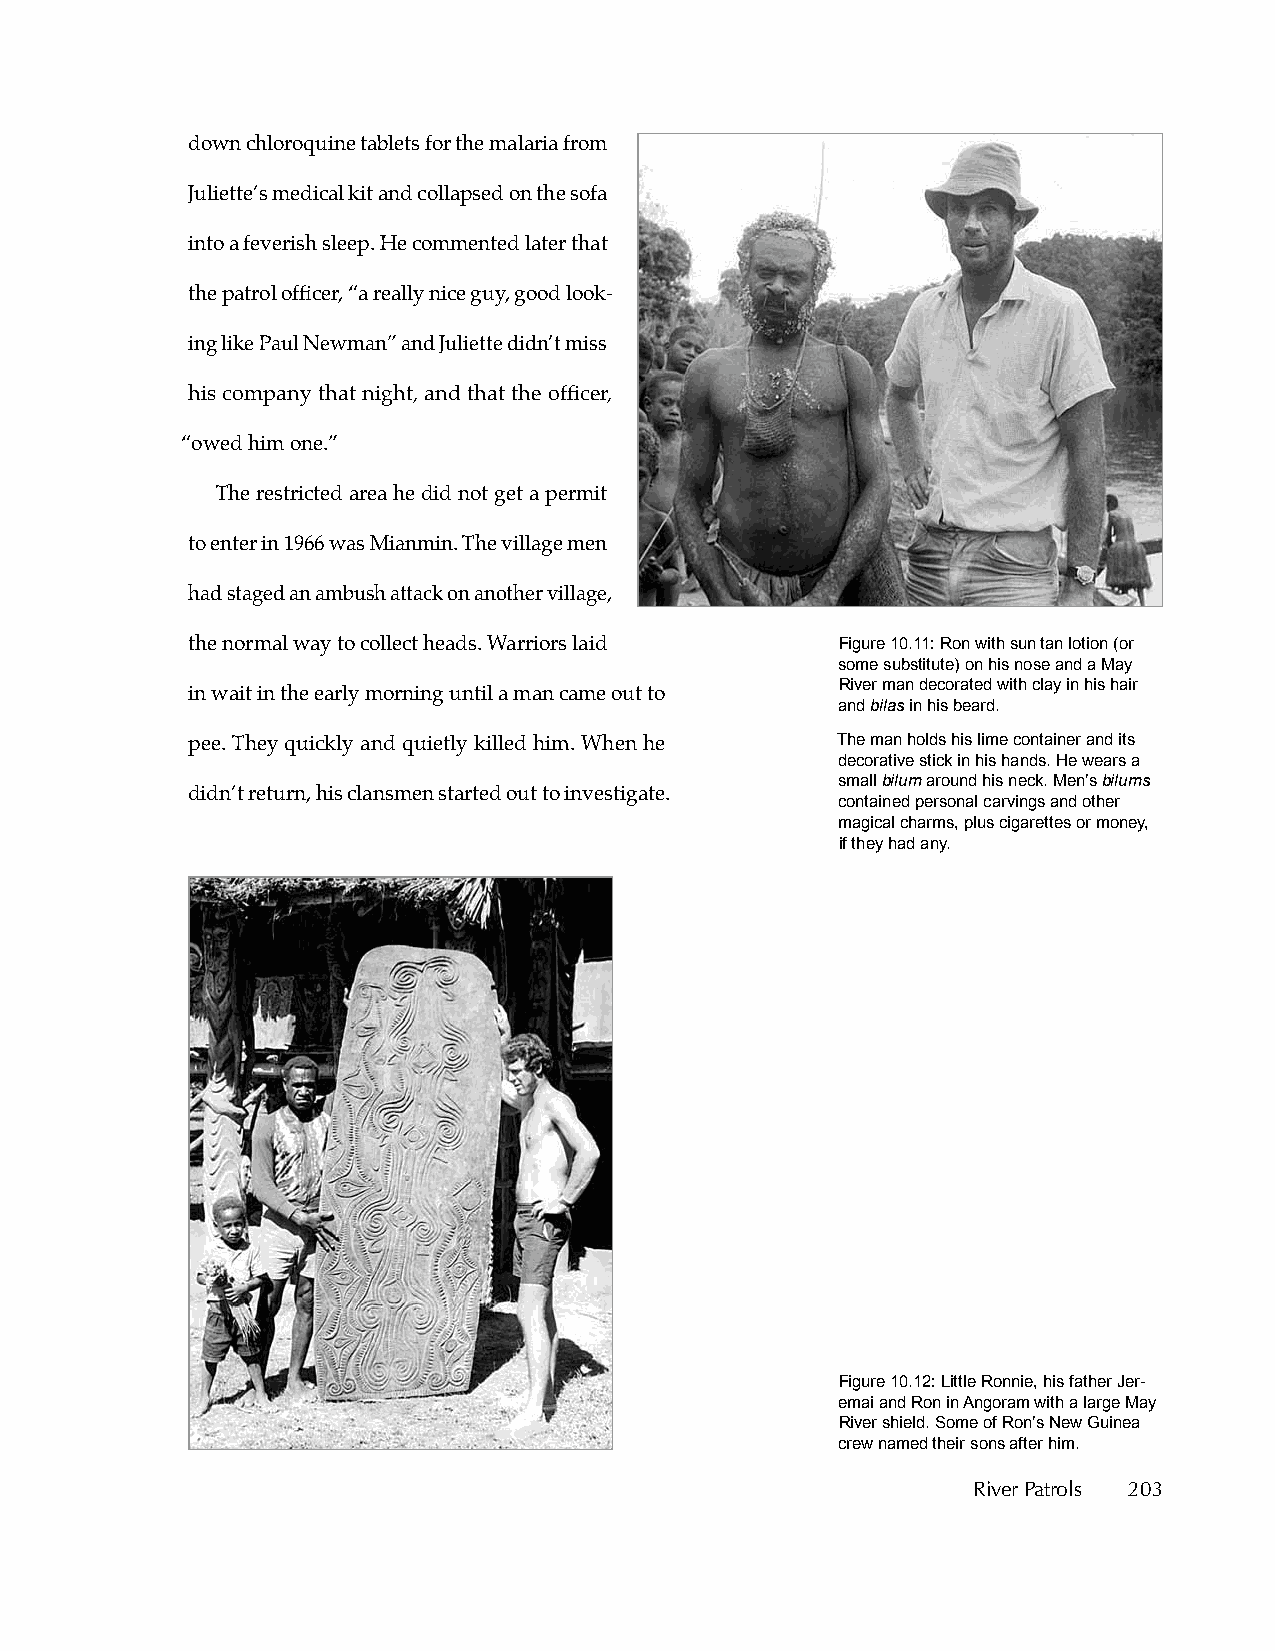
down chloroquine tablets for the malaria from
 Juliette’s medical kit and collapsed on the sofa
 into a feverish sleep. He commented later that
 the patrol officer, “a really nice guy, good look-
 ing like Paul Newman” and Juliette didn’t miss
 his company that night, and that the officer,
 “owed him one.”
 The restricted area he did not get a permit
 to enter in 1966 was Mianmin. The village men
 had staged an ambush attack on another village,
 the normal way to collect heads. Warriors laid Figure 10.11: Ron with sun tan lotion (or
 some substitute) on his nose and a May
 River man decorated with clay in his hair
 in wait in the early morning until a man came out to
 and bilas in his beard.
 pee. They quickly and quietly killed him. When he The man holds his lime container and its
 decorative stick in his hands. He wears a
 small bilum around his neck. Men’s bilums
 didn’t return, his clansmen started out to investigate.
 contained personal carvings and other
 magical charms, plus cigarettes or money,
 if they had any.
 Figure 10.12: Little Ronnie, his father Jer-
 emai and Ron in Angoram with a large May
 River shield. Some of Ron’s New Guinea
 crew named their sons after him.
 River Patrols 203